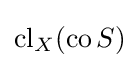
\operatorname {cl} _{X}(\operatorname {co} S)